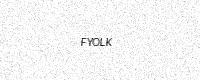
Text: FYOLK